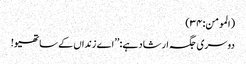
(المومن:۳۴)
دوسری جگہ ارشاد ہے: ’’اے زنداں کے ساتھیو!